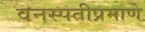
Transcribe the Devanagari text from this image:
वनस्पतीप्रमाणे